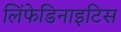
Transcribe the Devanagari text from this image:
लिंफेडिनाइटिस